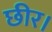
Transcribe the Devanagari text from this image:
छीर।